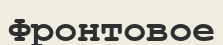
Фронтовое